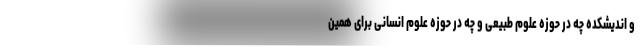
و اندیشکده چه در حوزه علوم طبیعی و چه در حوزه علوم انسانی برای همین